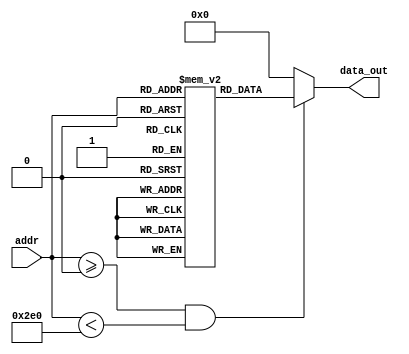
// ----------------------------------------------------------------------
//  HLS HDL:        Verilog Netlister
//  HLS Version:    2023.2/1059873 Production Release
//  HLS Date:       Mon Aug  7 10:54:31 PDT 2023
// 
//  Generated by:   r12016@cad40
//  Generated date: Thu Jun 13 03:09:42 2024
// ----------------------------------------------------------------------

// 
module UNET_IP_batchnorm_relumgc_rom_12_736_4_1 (addr, data_out
);
  input [9:0]addr ;
  output [3:0]data_out ;


  // Constants for ROM dimensions
  parameter n_width    = 4;
  parameter n_size     = 736;
  parameter n_numports = 1;
  parameter n_addr_w   = 10;
  parameter n_inreg    = 0;
  parameter n_outreg   = 0;

  // Declare storage for memory elements
  reg [3:0] mem [735:0];

  // Declare output registers
  reg [3:0] data_out_t;

  // Initialize ROM contents
  initial begin: rom_init_blk
    mem[0] <= 4'b1111;
    mem[1] <= 4'b1111;
    mem[2] <= 4'b0000;
    mem[3] <= 4'b0000;
    mem[4] <= 4'b1111;
    mem[5] <= 4'b0000;
    mem[6] <= 4'b1111;
    mem[7] <= 4'b0000;
    mem[8] <= 4'b0000;
    mem[9] <= 4'b0000;
    mem[10] <= 4'b0000;
    mem[11] <= 4'b0000;
    mem[12] <= 4'b0000;
    mem[13] <= 4'b0000;
    mem[14] <= 4'b1111;
    mem[15] <= 4'b0000;
    mem[16] <= 4'b0000;
    mem[17] <= 4'b1111;
    mem[18] <= 4'b1111;
    mem[19] <= 4'b0000;
    mem[20] <= 4'b0000;
    mem[21] <= 4'b1111;
    mem[22] <= 4'b0000;
    mem[23] <= 4'b1111;
    mem[24] <= 4'b1111;
    mem[25] <= 4'b0000;
    mem[26] <= 4'b0000;
    mem[27] <= 4'b1111;
    mem[28] <= 4'b0000;
    mem[29] <= 4'b0000;
    mem[30] <= 4'b0000;
    mem[31] <= 4'b0000;
    mem[32] <= 4'b1111;
    mem[33] <= 4'b0000;
    mem[34] <= 4'b0000;
    mem[35] <= 4'b0000;
    mem[36] <= 4'b0000;
    mem[37] <= 4'b1111;
    mem[38] <= 4'b1111;
    mem[39] <= 4'b0000;
    mem[40] <= 4'b1111;
    mem[41] <= 4'b0000;
    mem[42] <= 4'b0000;
    mem[43] <= 4'b0000;
    mem[44] <= 4'b0000;
    mem[45] <= 4'b1111;
    mem[46] <= 4'b0000;
    mem[47] <= 4'b0000;
    mem[48] <= 4'b0000;
    mem[49] <= 4'b1111;
    mem[50] <= 4'b0000;
    mem[51] <= 4'b0000;
    mem[52] <= 4'b0000;
    mem[53] <= 4'b0000;
    mem[54] <= 4'b1111;
    mem[55] <= 4'b1111;
    mem[56] <= 4'b0000;
    mem[57] <= 4'b1111;
    mem[58] <= 4'b0000;
    mem[59] <= 4'b0000;
    mem[60] <= 4'b1111;
    mem[61] <= 4'b0000;
    mem[62] <= 4'b0000;
    mem[63] <= 4'b0000;
    mem[64] <= 4'b1111;
    mem[65] <= 4'b1111;
    mem[66] <= 4'b1111;
    mem[67] <= 4'b0000;
    mem[68] <= 4'b1111;
    mem[69] <= 4'b0000;
    mem[70] <= 4'b0000;
    mem[71] <= 4'b1111;
    mem[72] <= 4'b0000;
    mem[73] <= 4'b1111;
    mem[74] <= 4'b1111;
    mem[75] <= 4'b1111;
    mem[76] <= 4'b0000;
    mem[77] <= 4'b1111;
    mem[78] <= 4'b0000;
    mem[79] <= 4'b1111;
    mem[80] <= 4'b0000;
    mem[81] <= 4'b1111;
    mem[82] <= 4'b0000;
    mem[83] <= 4'b0000;
    mem[84] <= 4'b1111;
    mem[85] <= 4'b1111;
    mem[86] <= 4'b0000;
    mem[87] <= 4'b1111;
    mem[88] <= 4'b0000;
    mem[89] <= 4'b0000;
    mem[90] <= 4'b1111;
    mem[91] <= 4'b0000;
    mem[92] <= 4'b1111;
    mem[93] <= 4'b1111;
    mem[94] <= 4'b0000;
    mem[95] <= 4'b1111;
    mem[96] <= 4'b0000;
    mem[97] <= 4'b1111;
    mem[98] <= 4'b0000;
    mem[99] <= 4'b1111;
    mem[100] <= 4'b0000;
    mem[101] <= 4'b0000;
    mem[102] <= 4'b1111;
    mem[103] <= 4'b1111;
    mem[104] <= 4'b1111;
    mem[105] <= 4'b1111;
    mem[106] <= 4'b1111;
    mem[107] <= 4'b0000;
    mem[108] <= 4'b0000;
    mem[109] <= 4'b1111;
    mem[110] <= 4'b0000;
    mem[111] <= 4'b0000;
    mem[112] <= 4'b0000;
    mem[113] <= 4'b0000;
    mem[114] <= 4'b1111;
    mem[115] <= 4'b0000;
    mem[116] <= 4'b0000;
    mem[117] <= 4'b0000;
    mem[118] <= 4'b1111;
    mem[119] <= 4'b1111;
    mem[120] <= 4'b1111;
    mem[121] <= 4'b1111;
    mem[122] <= 4'b0000;
    mem[123] <= 4'b0000;
    mem[124] <= 4'b0000;
    mem[125] <= 4'b1111;
    mem[126] <= 4'b0000;
    mem[127] <= 4'b0000;
    mem[128] <= 4'b0000;
    mem[129] <= 4'b0000;
    mem[130] <= 4'b0000;
    mem[131] <= 4'b0000;
    mem[132] <= 4'b0000;
    mem[133] <= 4'b0000;
    mem[134] <= 4'b0000;
    mem[135] <= 4'b1111;
    mem[136] <= 4'b1111;
    mem[137] <= 4'b0000;
    mem[138] <= 4'b1111;
    mem[139] <= 4'b0000;
    mem[140] <= 4'b0000;
    mem[141] <= 4'b1111;
    mem[142] <= 4'b0000;
    mem[143] <= 4'b0000;
    mem[144] <= 4'b1111;
    mem[145] <= 4'b0000;
    mem[146] <= 4'b1111;
    mem[147] <= 4'b1111;
    mem[148] <= 4'b1111;
    mem[149] <= 4'b1111;
    mem[150] <= 4'b0000;
    mem[151] <= 4'b1111;
    mem[152] <= 4'b1111;
    mem[153] <= 4'b1111;
    mem[154] <= 4'b0000;
    mem[155] <= 4'b0000;
    mem[156] <= 4'b1111;
    mem[157] <= 4'b1111;
    mem[158] <= 4'b1111;
    mem[159] <= 4'b0000;
    mem[160] <= 4'b0000;
    mem[161] <= 4'b0000;
    mem[162] <= 4'b1111;
    mem[163] <= 4'b0000;
    mem[164] <= 4'b1111;
    mem[165] <= 4'b0000;
    mem[166] <= 4'b0000;
    mem[167] <= 4'b1111;
    mem[168] <= 4'b1111;
    mem[169] <= 4'b0000;
    mem[170] <= 4'b1111;
    mem[171] <= 4'b1111;
    mem[172] <= 4'b1111;
    mem[173] <= 4'b1111;
    mem[174] <= 4'b1111;
    mem[175] <= 4'b0000;
    mem[176] <= 4'b0000;
    mem[177] <= 4'b0000;
    mem[178] <= 4'b0000;
    mem[179] <= 4'b1111;
    mem[180] <= 4'b1111;
    mem[181] <= 4'b0000;
    mem[182] <= 4'b0000;
    mem[183] <= 4'b1111;
    mem[184] <= 4'b0000;
    mem[185] <= 4'b1111;
    mem[186] <= 4'b0000;
    mem[187] <= 4'b1111;
    mem[188] <= 4'b1111;
    mem[189] <= 4'b0000;
    mem[190] <= 4'b0000;
    mem[191] <= 4'b1111;
    mem[192] <= 4'b0000;
    mem[193] <= 4'b1111;
    mem[194] <= 4'b1111;
    mem[195] <= 4'b1111;
    mem[196] <= 4'b1111;
    mem[197] <= 4'b0000;
    mem[198] <= 4'b0000;
    mem[199] <= 4'b1111;
    mem[200] <= 4'b1111;
    mem[201] <= 4'b0000;
    mem[202] <= 4'b0000;
    mem[203] <= 4'b1111;
    mem[204] <= 4'b0000;
    mem[205] <= 4'b0000;
    mem[206] <= 4'b1111;
    mem[207] <= 4'b0000;
    mem[208] <= 4'b0000;
    mem[209] <= 4'b1111;
    mem[210] <= 4'b0000;
    mem[211] <= 4'b1111;
    mem[212] <= 4'b1111;
    mem[213] <= 4'b0000;
    mem[214] <= 4'b0000;
    mem[215] <= 4'b1111;
    mem[216] <= 4'b1111;
    mem[217] <= 4'b1111;
    mem[218] <= 4'b0000;
    mem[219] <= 4'b0000;
    mem[220] <= 4'b0000;
    mem[221] <= 4'b0000;
    mem[222] <= 4'b1111;
    mem[223] <= 4'b0000;
    mem[224] <= 4'b1111;
    mem[225] <= 4'b0000;
    mem[226] <= 4'b0000;
    mem[227] <= 4'b0000;
    mem[228] <= 4'b0000;
    mem[229] <= 4'b0000;
    mem[230] <= 4'b1111;
    mem[231] <= 4'b0000;
    mem[232] <= 4'b0000;
    mem[233] <= 4'b1111;
    mem[234] <= 4'b1111;
    mem[235] <= 4'b1111;
    mem[236] <= 4'b0000;
    mem[237] <= 4'b1111;
    mem[238] <= 4'b1111;
    mem[239] <= 4'b0000;
    mem[240] <= 4'b1111;
    mem[241] <= 4'b0000;
    mem[242] <= 4'b0000;
    mem[243] <= 4'b0000;
    mem[244] <= 4'b0000;
    mem[245] <= 4'b1111;
    mem[246] <= 4'b1111;
    mem[247] <= 4'b1111;
    mem[248] <= 4'b0000;
    mem[249] <= 4'b1111;
    mem[250] <= 4'b1111;
    mem[251] <= 4'b0000;
    mem[252] <= 4'b1111;
    mem[253] <= 4'b1111;
    mem[254] <= 4'b1111;
    mem[255] <= 4'b1111;
    mem[256] <= 4'b1111;
    mem[257] <= 4'b0000;
    mem[258] <= 4'b0000;
    mem[259] <= 4'b0000;
    mem[260] <= 4'b0000;
    mem[261] <= 4'b1111;
    mem[262] <= 4'b0000;
    mem[263] <= 4'b0000;
    mem[264] <= 4'b0000;
    mem[265] <= 4'b0000;
    mem[266] <= 4'b1111;
    mem[267] <= 4'b0000;
    mem[268] <= 4'b1111;
    mem[269] <= 4'b1111;
    mem[270] <= 4'b1111;
    mem[271] <= 4'b1111;
    mem[272] <= 4'b0000;
    mem[273] <= 4'b0000;
    mem[274] <= 4'b0000;
    mem[275] <= 4'b0000;
    mem[276] <= 4'b0000;
    mem[277] <= 4'b0000;
    mem[278] <= 4'b0000;
    mem[279] <= 4'b0000;
    mem[280] <= 4'b0000;
    mem[281] <= 4'b0000;
    mem[282] <= 4'b1111;
    mem[283] <= 4'b0000;
    mem[284] <= 4'b0000;
    mem[285] <= 4'b0000;
    mem[286] <= 4'b1111;
    mem[287] <= 4'b1111;
    mem[288] <= 4'b1111;
    mem[289] <= 4'b0000;
    mem[290] <= 4'b0000;
    mem[291] <= 4'b1111;
    mem[292] <= 4'b0000;
    mem[293] <= 4'b0000;
    mem[294] <= 4'b0000;
    mem[295] <= 4'b0000;
    mem[296] <= 4'b0000;
    mem[297] <= 4'b0000;
    mem[298] <= 4'b0000;
    mem[299] <= 4'b0000;
    mem[300] <= 4'b1111;
    mem[301] <= 4'b1111;
    mem[302] <= 4'b0000;
    mem[303] <= 4'b0000;
    mem[304] <= 4'b1111;
    mem[305] <= 4'b0000;
    mem[306] <= 4'b0000;
    mem[307] <= 4'b1111;
    mem[308] <= 4'b1111;
    mem[309] <= 4'b0000;
    mem[310] <= 4'b0000;
    mem[311] <= 4'b0000;
    mem[312] <= 4'b0000;
    mem[313] <= 4'b0000;
    mem[314] <= 4'b1111;
    mem[315] <= 4'b0000;
    mem[316] <= 4'b1111;
    mem[317] <= 4'b1111;
    mem[318] <= 4'b0000;
    mem[319] <= 4'b0000;
    mem[320] <= 4'b0000;
    mem[321] <= 4'b0000;
    mem[322] <= 4'b1111;
    mem[323] <= 4'b0000;
    mem[324] <= 4'b0000;
    mem[325] <= 4'b1111;
    mem[326] <= 4'b1111;
    mem[327] <= 4'b0000;
    mem[328] <= 4'b1111;
    mem[329] <= 4'b0000;
    mem[330] <= 4'b1111;
    mem[331] <= 4'b0000;
    mem[332] <= 4'b0000;
    mem[333] <= 4'b1111;
    mem[334] <= 4'b1111;
    mem[335] <= 4'b0000;
    mem[336] <= 4'b0000;
    mem[337] <= 4'b0000;
    mem[338] <= 4'b0000;
    mem[339] <= 4'b1111;
    mem[340] <= 4'b0000;
    mem[341] <= 4'b1111;
    mem[342] <= 4'b1111;
    mem[343] <= 4'b0000;
    mem[344] <= 4'b1111;
    mem[345] <= 4'b0000;
    mem[346] <= 4'b0000;
    mem[347] <= 4'b0000;
    mem[348] <= 4'b0000;
    mem[349] <= 4'b1111;
    mem[350] <= 4'b0000;
    mem[351] <= 4'b1111;
    mem[352] <= 4'b1111;
    mem[353] <= 4'b1111;
    mem[354] <= 4'b1111;
    mem[355] <= 4'b0000;
    mem[356] <= 4'b1111;
    mem[357] <= 4'b0000;
    mem[358] <= 4'b0000;
    mem[359] <= 4'b0000;
    mem[360] <= 4'b1111;
    mem[361] <= 4'b0000;
    mem[362] <= 4'b0000;
    mem[363] <= 4'b0000;
    mem[364] <= 4'b1111;
    mem[365] <= 4'b1111;
    mem[366] <= 4'b0000;
    mem[367] <= 4'b0000;
    mem[368] <= 4'b1111;
    mem[369] <= 4'b0000;
    mem[370] <= 4'b1111;
    mem[371] <= 4'b0000;
    mem[372] <= 4'b0000;
    mem[373] <= 4'b0000;
    mem[374] <= 4'b1111;
    mem[375] <= 4'b0000;
    mem[376] <= 4'b0000;
    mem[377] <= 4'b1111;
    mem[378] <= 4'b0000;
    mem[379] <= 4'b0000;
    mem[380] <= 4'b0000;
    mem[381] <= 4'b0000;
    mem[382] <= 4'b0000;
    mem[383] <= 4'b0000;
    mem[384] <= 4'b0000;
    mem[385] <= 4'b1111;
    mem[386] <= 4'b1111;
    mem[387] <= 4'b1111;
    mem[388] <= 4'b0000;
    mem[389] <= 4'b0000;
    mem[390] <= 4'b1111;
    mem[391] <= 4'b0000;
    mem[392] <= 4'b1111;
    mem[393] <= 4'b1111;
    mem[394] <= 4'b0000;
    mem[395] <= 4'b0000;
    mem[396] <= 4'b0000;
    mem[397] <= 4'b0000;
    mem[398] <= 4'b1111;
    mem[399] <= 4'b1111;
    mem[400] <= 4'b0000;
    mem[401] <= 4'b0000;
    mem[402] <= 4'b0000;
    mem[403] <= 4'b0000;
    mem[404] <= 4'b0000;
    mem[405] <= 4'b1111;
    mem[406] <= 4'b1111;
    mem[407] <= 4'b0000;
    mem[408] <= 4'b0000;
    mem[409] <= 4'b1111;
    mem[410] <= 4'b1111;
    mem[411] <= 4'b0000;
    mem[412] <= 4'b0000;
    mem[413] <= 4'b1111;
    mem[414] <= 4'b0000;
    mem[415] <= 4'b0000;
    mem[416] <= 4'b0000;
    mem[417] <= 4'b0000;
    mem[418] <= 4'b1111;
    mem[419] <= 4'b0000;
    mem[420] <= 4'b0000;
    mem[421] <= 4'b0000;
    mem[422] <= 4'b0000;
    mem[423] <= 4'b1111;
    mem[424] <= 4'b0000;
    mem[425] <= 4'b1111;
    mem[426] <= 4'b1111;
    mem[427] <= 4'b0000;
    mem[428] <= 4'b0000;
    mem[429] <= 4'b1111;
    mem[430] <= 4'b1111;
    mem[431] <= 4'b1111;
    mem[432] <= 4'b0000;
    mem[433] <= 4'b0000;
    mem[434] <= 4'b1111;
    mem[435] <= 4'b0000;
    mem[436] <= 4'b0000;
    mem[437] <= 4'b1111;
    mem[438] <= 4'b1111;
    mem[439] <= 4'b1111;
    mem[440] <= 4'b0000;
    mem[441] <= 4'b0000;
    mem[442] <= 4'b0000;
    mem[443] <= 4'b0000;
    mem[444] <= 4'b1111;
    mem[445] <= 4'b1111;
    mem[446] <= 4'b0000;
    mem[447] <= 4'b0000;
    mem[448] <= 4'b0000;
    mem[449] <= 4'b0000;
    mem[450] <= 4'b1111;
    mem[451] <= 4'b1111;
    mem[452] <= 4'b1111;
    mem[453] <= 4'b0000;
    mem[454] <= 4'b1111;
    mem[455] <= 4'b1111;
    mem[456] <= 4'b1111;
    mem[457] <= 4'b0000;
    mem[458] <= 4'b0000;
    mem[459] <= 4'b0000;
    mem[460] <= 4'b0000;
    mem[461] <= 4'b1111;
    mem[462] <= 4'b1111;
    mem[463] <= 4'b0000;
    mem[464] <= 4'b1111;
    mem[465] <= 4'b1111;
    mem[466] <= 4'b0000;
    mem[467] <= 4'b1111;
    mem[468] <= 4'b0000;
    mem[469] <= 4'b0000;
    mem[470] <= 4'b0000;
    mem[471] <= 4'b1111;
    mem[472] <= 4'b1111;
    mem[473] <= 4'b0000;
    mem[474] <= 4'b0000;
    mem[475] <= 4'b0000;
    mem[476] <= 4'b0000;
    mem[477] <= 4'b0000;
    mem[478] <= 4'b1111;
    mem[479] <= 4'b0000;
    mem[480] <= 4'b1111;
    mem[481] <= 4'b1111;
    mem[482] <= 4'b1111;
    mem[483] <= 4'b0000;
    mem[484] <= 4'b1111;
    mem[485] <= 4'b1111;
    mem[486] <= 4'b0000;
    mem[487] <= 4'b1111;
    mem[488] <= 4'b0000;
    mem[489] <= 4'b0000;
    mem[490] <= 4'b0000;
    mem[491] <= 4'b1111;
    mem[492] <= 4'b1111;
    mem[493] <= 4'b0000;
    mem[494] <= 4'b1111;
    mem[495] <= 4'b0000;
    mem[496] <= 4'b1111;
    mem[497] <= 4'b0000;
    mem[498] <= 4'b0000;
    mem[499] <= 4'b1111;
    mem[500] <= 4'b1111;
    mem[501] <= 4'b0000;
    mem[502] <= 4'b1111;
    mem[503] <= 4'b1111;
    mem[504] <= 4'b1111;
    mem[505] <= 4'b0000;
    mem[506] <= 4'b1111;
    mem[507] <= 4'b0000;
    mem[508] <= 4'b0000;
    mem[509] <= 4'b0000;
    mem[510] <= 4'b1111;
    mem[511] <= 4'b0000;
    mem[512] <= 4'b0000;
    mem[513] <= 4'b0000;
    mem[514] <= 4'b0000;
    mem[515] <= 4'b1111;
    mem[516] <= 4'b1111;
    mem[517] <= 4'b0000;
    mem[518] <= 4'b1111;
    mem[519] <= 4'b0000;
    mem[520] <= 4'b0000;
    mem[521] <= 4'b0000;
    mem[522] <= 4'b0000;
    mem[523] <= 4'b1111;
    mem[524] <= 4'b1111;
    mem[525] <= 4'b1111;
    mem[526] <= 4'b0000;
    mem[527] <= 4'b0000;
    mem[528] <= 4'b0000;
    mem[529] <= 4'b0000;
    mem[530] <= 4'b1111;
    mem[531] <= 4'b0000;
    mem[532] <= 4'b1111;
    mem[533] <= 4'b0000;
    mem[534] <= 4'b1111;
    mem[535] <= 4'b0000;
    mem[536] <= 4'b0000;
    mem[537] <= 4'b1111;
    mem[538] <= 4'b1111;
    mem[539] <= 4'b0000;
    mem[540] <= 4'b1111;
    mem[541] <= 4'b1111;
    mem[542] <= 4'b1111;
    mem[543] <= 4'b0000;
    mem[544] <= 4'b1111;
    mem[545] <= 4'b1111;
    mem[546] <= 4'b0000;
    mem[547] <= 4'b1111;
    mem[548] <= 4'b0000;
    mem[549] <= 4'b0000;
    mem[550] <= 4'b1111;
    mem[551] <= 4'b1111;
    mem[552] <= 4'b1111;
    mem[553] <= 4'b0000;
    mem[554] <= 4'b0000;
    mem[555] <= 4'b0000;
    mem[556] <= 4'b0000;
    mem[557] <= 4'b0000;
    mem[558] <= 4'b0000;
    mem[559] <= 4'b1111;
    mem[560] <= 4'b0000;
    mem[561] <= 4'b0000;
    mem[562] <= 4'b1111;
    mem[563] <= 4'b1111;
    mem[564] <= 4'b0000;
    mem[565] <= 4'b1111;
    mem[566] <= 4'b1111;
    mem[567] <= 4'b0000;
    mem[568] <= 4'b0000;
    mem[569] <= 4'b1111;
    mem[570] <= 4'b1111;
    mem[571] <= 4'b0000;
    mem[572] <= 4'b0000;
    mem[573] <= 4'b1111;
    mem[574] <= 4'b0000;
    mem[575] <= 4'b0000;
    mem[576] <= 4'b0000;
    mem[577] <= 4'b1111;
    mem[578] <= 4'b1111;
    mem[579] <= 4'b1111;
    mem[580] <= 4'b0000;
    mem[581] <= 4'b0000;
    mem[582] <= 4'b0000;
    mem[583] <= 4'b1111;
    mem[584] <= 4'b0000;
    mem[585] <= 4'b1111;
    mem[586] <= 4'b0000;
    mem[587] <= 4'b0000;
    mem[588] <= 4'b0000;
    mem[589] <= 4'b1111;
    mem[590] <= 4'b1111;
    mem[591] <= 4'b1111;
    mem[592] <= 4'b1111;
    mem[593] <= 4'b1111;
    mem[594] <= 4'b1111;
    mem[595] <= 4'b0000;
    mem[596] <= 4'b0000;
    mem[597] <= 4'b1111;
    mem[598] <= 4'b0000;
    mem[599] <= 4'b1111;
    mem[600] <= 4'b1111;
    mem[601] <= 4'b0000;
    mem[602] <= 4'b1111;
    mem[603] <= 4'b1111;
    mem[604] <= 4'b1111;
    mem[605] <= 4'b0000;
    mem[606] <= 4'b1111;
    mem[607] <= 4'b1111;
    mem[608] <= 4'b1111;
    mem[609] <= 4'b1111;
    mem[610] <= 4'b0000;
    mem[611] <= 4'b1111;
    mem[612] <= 4'b1111;
    mem[613] <= 4'b1111;
    mem[614] <= 4'b1111;
    mem[615] <= 4'b1111;
    mem[616] <= 4'b0000;
    mem[617] <= 4'b1111;
    mem[618] <= 4'b0000;
    mem[619] <= 4'b0000;
    mem[620] <= 4'b1111;
    mem[621] <= 4'b0000;
    mem[622] <= 4'b1111;
    mem[623] <= 4'b0000;
    mem[624] <= 4'b1111;
    mem[625] <= 4'b1111;
    mem[626] <= 4'b1111;
    mem[627] <= 4'b1111;
    mem[628] <= 4'b1111;
    mem[629] <= 4'b1111;
    mem[630] <= 4'b0000;
    mem[631] <= 4'b1111;
    mem[632] <= 4'b0000;
    mem[633] <= 4'b0000;
    mem[634] <= 4'b1111;
    mem[635] <= 4'b1111;
    mem[636] <= 4'b0000;
    mem[637] <= 4'b1111;
    mem[638] <= 4'b0000;
    mem[639] <= 4'b1111;
    mem[640] <= 4'b0000;
    mem[641] <= 4'b0000;
    mem[642] <= 4'b0000;
    mem[643] <= 4'b0000;
    mem[644] <= 4'b1111;
    mem[645] <= 4'b1111;
    mem[646] <= 4'b1111;
    mem[647] <= 4'b0000;
    mem[648] <= 4'b0000;
    mem[649] <= 4'b1111;
    mem[650] <= 4'b0000;
    mem[651] <= 4'b1111;
    mem[652] <= 4'b1111;
    mem[653] <= 4'b0000;
    mem[654] <= 4'b0000;
    mem[655] <= 4'b0000;
    mem[656] <= 4'b1111;
    mem[657] <= 4'b0000;
    mem[658] <= 4'b1111;
    mem[659] <= 4'b0000;
    mem[660] <= 4'b1111;
    mem[661] <= 4'b1111;
    mem[662] <= 4'b0000;
    mem[663] <= 4'b1111;
    mem[664] <= 4'b1111;
    mem[665] <= 4'b1111;
    mem[666] <= 4'b1111;
    mem[667] <= 4'b1111;
    mem[668] <= 4'b1111;
    mem[669] <= 4'b1111;
    mem[670] <= 4'b1111;
    mem[671] <= 4'b1111;
    mem[672] <= 4'b1111;
    mem[673] <= 4'b1111;
    mem[674] <= 4'b1111;
    mem[675] <= 4'b1111;
    mem[676] <= 4'b1111;
    mem[677] <= 4'b1111;
    mem[678] <= 4'b1111;
    mem[679] <= 4'b1111;
    mem[680] <= 4'b1111;
    mem[681] <= 4'b0000;
    mem[682] <= 4'b1111;
    mem[683] <= 4'b1111;
    mem[684] <= 4'b1111;
    mem[685] <= 4'b0000;
    mem[686] <= 4'b1111;
    mem[687] <= 4'b1111;
    mem[688] <= 4'b0000;
    mem[689] <= 4'b1111;
    mem[690] <= 4'b0000;
    mem[691] <= 4'b0000;
    mem[692] <= 4'b1111;
    mem[693] <= 4'b0000;
    mem[694] <= 4'b1111;
    mem[695] <= 4'b1111;
    mem[696] <= 4'b0000;
    mem[697] <= 4'b1111;
    mem[698] <= 4'b0000;
    mem[699] <= 4'b0000;
    mem[700] <= 4'b0000;
    mem[701] <= 4'b1111;
    mem[702] <= 4'b1111;
    mem[703] <= 4'b1111;
    mem[704] <= 4'b1111;
    mem[705] <= 4'b0000;
    mem[706] <= 4'b0000;
    mem[707] <= 4'b0000;
    mem[708] <= 4'b0000;
    mem[709] <= 4'b1111;
    mem[710] <= 4'b0000;
    mem[711] <= 4'b0000;
    mem[712] <= 4'b0000;
    mem[713] <= 4'b1111;
    mem[714] <= 4'b1111;
    mem[715] <= 4'b1111;
    mem[716] <= 4'b1111;
    mem[717] <= 4'b1111;
    mem[718] <= 4'b0000;
    mem[719] <= 4'b1111;
    mem[720] <= 4'b1111;
    mem[721] <= 4'b1111;
    mem[722] <= 4'b0000;
    mem[723] <= 4'b0000;
    mem[724] <= 4'b1111;
    mem[725] <= 4'b1111;
    mem[726] <= 4'b0000;
    mem[727] <= 4'b0000;
    mem[728] <= 4'b0100;
    mem[729] <= 4'b0000;
    mem[730] <= 4'b1111;
    mem[731] <= 4'b1110;
    mem[732] <= 4'b0101;
    mem[733] <= 4'b0000;
    mem[734] <= 4'b0100;
    mem[735] <= 4'b1111;
  end


  // Combinational ROM read block
  always@(*)
  begin
    if ( addr >= 'd0 && addr < 'd736)
      data_out_t <= mem[addr];
    else
    begin
      data_out_t <= {(4){1'b0}};
    end
  end

  // Output register assignment
  assign data_out = data_out_t;

endmodule